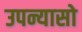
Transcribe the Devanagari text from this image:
उपन्यासो